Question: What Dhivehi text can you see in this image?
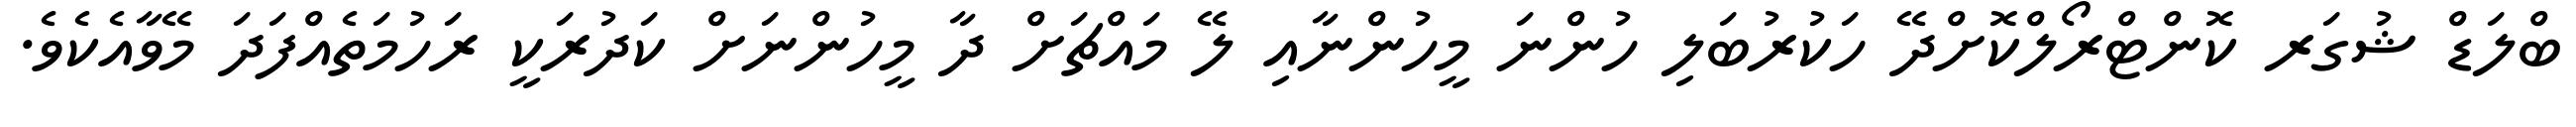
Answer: ބްލަޑް ޝުގަރ ކޮންޓްރޯލްކޮށްދޭ ހަކުރުބަލި ހުންނަ މީހުންނާއި ލޭ މައްޗަށް ދާ މީހުންނަށް ކަދުރަކީ ރަހުމަތެއްފަދަ މޭވާއެކެވެ.